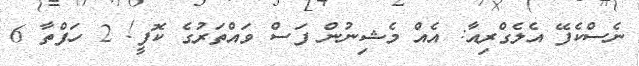
ނެސްކެފޭ އެލެގްރިއާ: އެއް މެޝިނުން ފަސް ވައްތަރުގެ ކޮފީ! 2 ހަފްތާ 6